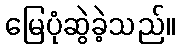
မြေပုံဆွဲခဲ့သည်။